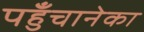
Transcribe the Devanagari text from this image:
पहुँचानेका